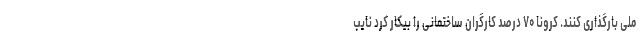
ملی بارگذاری کنند. کرونا ۷۰ درصد کارگران ساختمانی را بیکار کرد نایب